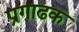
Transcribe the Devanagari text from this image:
प्रगाढक